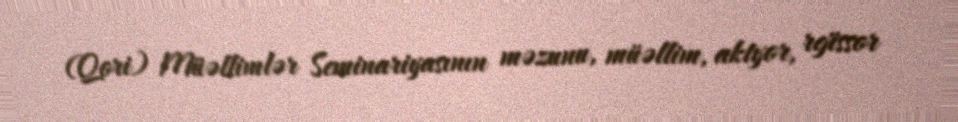
(Qori) Müəllimlər Seminariyasının məzunu, müəllim, aktyor, rejissor